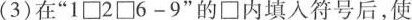
（3)在“$$1\square 2\square 6-9$$的\square 内填人符号后,使